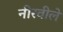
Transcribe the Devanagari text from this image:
नीरवीले